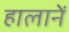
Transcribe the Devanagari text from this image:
हालानें